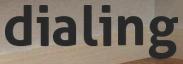
dialing